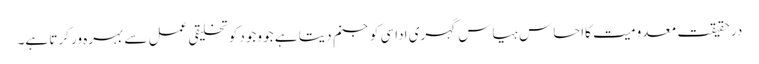
در حقیقت معدومیت کااحساس ہیاس گہری اداسی کو جنم دیتا ہے جو وجود کو تخلیقی عمل سے بہرہ ور کرتا ہے۔